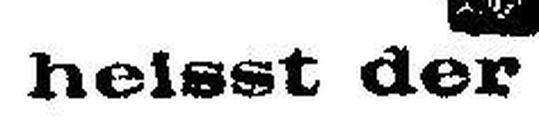
heisst der